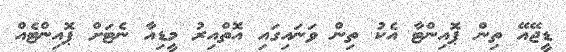
ޑީޖޭއޭ ތިން ޕޮއިންޓާ އެކު ތިން ވަނައިގައި އޮތްއިރު މީޑިއާ ނެޓަށް ޕޮއިންޓެއް